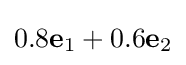
0.8\mathbf {e} _{1}+0.6\mathbf {e} _{2}